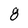
Character: 8